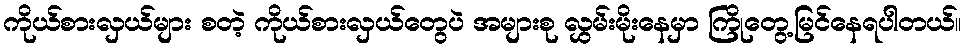
ကိုယ်စားလှယ်များ စတဲ့ ကိုယ်စားလှယ်တွေပဲ အများစု လွှမ်းမိုးနေမှာ ကြိုတွေ့မြင်နေရပါတယ်။